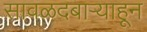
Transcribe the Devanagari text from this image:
सावळदबार्‍याहून